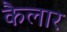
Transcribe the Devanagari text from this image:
कैलार